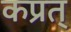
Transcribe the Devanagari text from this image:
कप्रत्